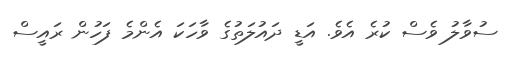
ސުވާލު ވެސް ކުރެ އެވެ. އަޑީ ދައުލަތުގެ ވާހަކަ އެންމެ ފަހުން ރައީސް